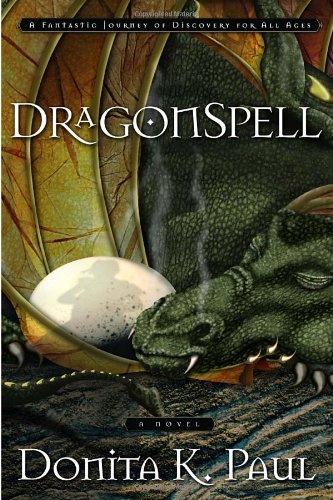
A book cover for DragonSpell (Dragon Keepers Chronicles, Book 1); Donita K. Paul; Christian Books & Bibles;